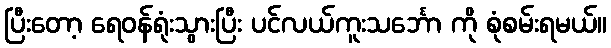
ပြီးတော့ ရေဝန်ရုံးသွားပြီး ပင်လယ်ကူးသင်္ဘော ကို စုံစမ်းရမယ်။